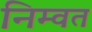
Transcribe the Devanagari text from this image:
निम्वत